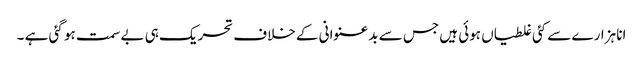
انا ہزارے سے کئی غلطیاں ہوئی ہیں جس سے بدعنوانی کے خلاف تحریک ہی بے سمت ہو گئی ہے ۔